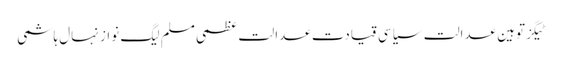
ٹیگزتوہین عدالت سیاسی قیادت عدالت عظمی مسلم لیگ نواز نہال ہاشمی